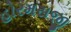
હોરમસજી